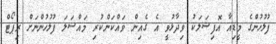
ފުލުހުންގެ މީޑިއާ އޮފިޝަލަކު ވިދާޅުވީ އެ ގެއިން ވައްކަންކުރި މައްސަލަ ފުލުހުންނަށް ރިޕޯޓް